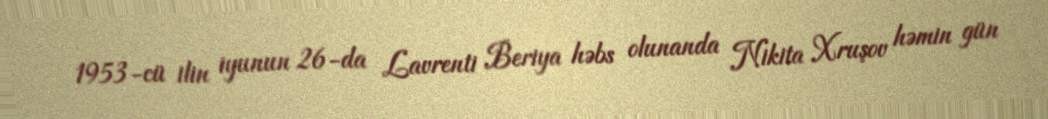
1953-cü ilin iyunun 26-da Lavrenti Beriya həbs olunanda Nikita Xruşov həmin gün